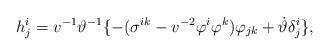
LaTeX: \begin{align*}h^i_j = v^{-1} \vartheta^{-1} \{ - (\sigma^{ik} - v^{-2} \varphi^i \varphi^k) \varphi_{jk} + \dot{\vartheta} \delta^i_j \},\end{align*}